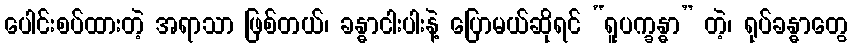
ပေါင်းစပ်ထားတဲ့ အရာသာ ဖြစ်တယ်၊ ခန္ဓာငါးပါးနဲ့ ပြောမယ်ဆိုရင် “ရူပက္ခန္ဓာ” တဲ့၊ ရုပ်ခန္ဓာတွေ